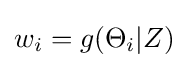
w_{i}=g(\Theta _{i}|Z)